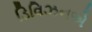
ડિવિઝનએ